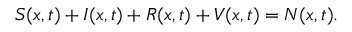
S ( x , t ) + I ( x , t ) + R ( x , t ) + V ( x , t ) = N ( x , t ) .